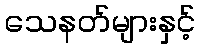
သေနတ်များနှင့်